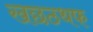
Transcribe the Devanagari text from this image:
खछठथफ